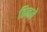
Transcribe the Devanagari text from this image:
तिनमे